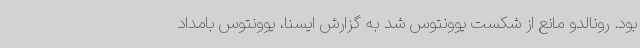
بود. رونالدو مانع از شکست یوونتوس شد به گزارش ایسنا، یوونتوس بامداد